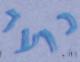
נועד